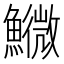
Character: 𩼌